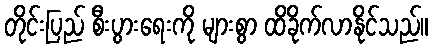
တိုင်းပြည် စီးပွားရေးကို များစွာ ထိခိုက်လာနိုင်သည်။